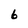
Character: 6